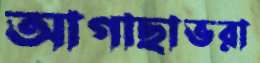
আগাছাভরা